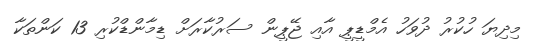
މިދިޔަ ހުކުރު ދުވަހު އެމްޑީޕީ އާއި ޖޭޕީން ސަރުކާރަށް ޑިމާންޑްކުރި 13 ކަންތަކާ